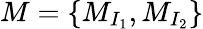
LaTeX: M=\{ M_{I_{1}},M_{I_{2}}\}